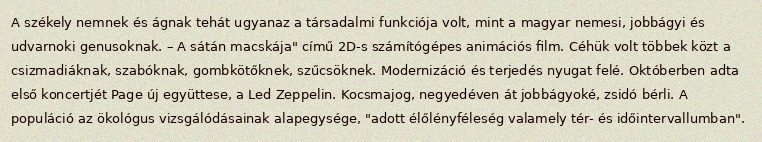
A székely nemnek és ágnak tehát ugyanaz a társadalmi funkciója volt, mint a magyar nemesi, jobbágyi és udvarnoki genusoknak. – A sátán macskája" című 2D-s számítógépes animációs film. Céhük volt többek közt a csizmadiáknak, szabóknak, gombkötőknek, szűcsöknek. Modernizáció és terjedés nyugat felé. Októberben adta első koncertjét Page új együttese, a Led Zeppelin. Kocsmajog, negyedéven át jobbágyoké, zsidó bérli. A populáció az ökológus vizsgálódásainak alapegysége, "adott élőlényféleség valamely tér- és időintervallumban".